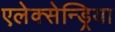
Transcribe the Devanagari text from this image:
एलेक्सेन्ड्रिया